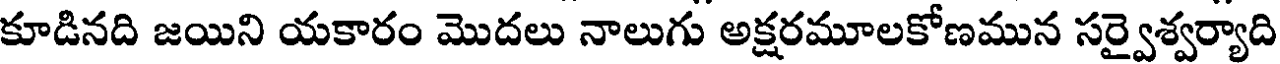
కూడినది జయిని యకారం మొదలు నాలుగు అక్షరమూలకోణమున సర్వైశ్వర్యాది